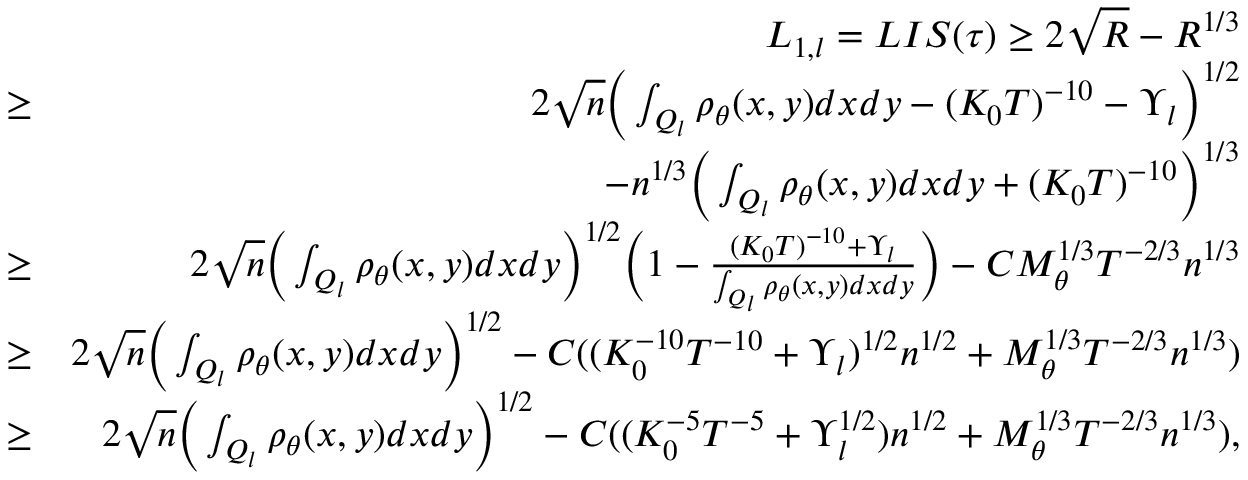
\begin{array} { r l r } & { } & { L _ { 1 , l } = L I S ( \tau ) \geq 2 \sqrt { R } - R ^ { 1 \slash 3 } } \\ & { \geq } & { 2 \sqrt { n } \Big ( \int _ { Q _ { l } } \rho _ { \theta } ( x , y ) d x d y - ( K _ { 0 } T ) ^ { - 1 0 } - \Upsilon _ { l } \Big ) ^ { 1 \slash 2 } } \\ & { } & { - n ^ { 1 \slash 3 } \Big ( \int _ { Q _ { l } } \rho _ { \theta } ( x , y ) d x d y + ( K _ { 0 } T ) ^ { - 1 0 } \Big ) ^ { 1 \slash 3 } } \\ & { \geq } & { 2 \sqrt { n } \Big ( \int _ { Q _ { l } } \rho _ { \theta } ( x , y ) d x d y \Big ) ^ { 1 \slash 2 } \Big ( 1 - \frac { ( K _ { 0 } T ) ^ { - 1 0 } + \Upsilon _ { l } } { \int _ { Q _ { l } } \rho _ { \theta } ( x , y ) d x d y } \Big ) - C M _ { \theta } ^ { 1 \slash 3 } T ^ { - 2 \slash 3 } n ^ { 1 \slash 3 } } \\ & { \geq } & { 2 \sqrt { n } \Big ( \int _ { Q _ { l } } \rho _ { \theta } ( x , y ) d x d y \Big ) ^ { 1 \slash 2 } - C ( ( K _ { 0 } ^ { - 1 0 } T ^ { - 1 0 } + \Upsilon _ { l } ) ^ { 1 \slash 2 } n ^ { 1 \slash 2 } + M _ { \theta } ^ { 1 \slash 3 } T ^ { - 2 \slash 3 } n ^ { 1 \slash 3 } ) } \\ & { \geq } & { 2 \sqrt { n } \Big ( \int _ { Q _ { l } } \rho _ { \theta } ( x , y ) d x d y \Big ) ^ { 1 \slash 2 } - C ( ( K _ { 0 } ^ { - 5 } T ^ { - 5 } + \Upsilon _ { l } ^ { 1 \slash 2 } ) n ^ { 1 \slash 2 } + M _ { \theta } ^ { 1 \slash 3 } T ^ { - 2 \slash 3 } n ^ { 1 \slash 3 } ) , } \\ & { } & \end{array}